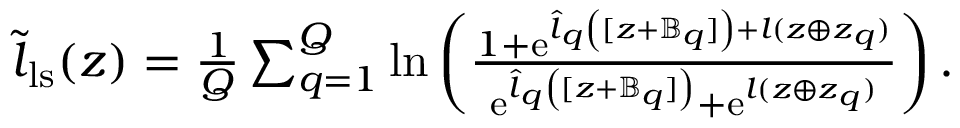
\begin{array} { r } { \tilde { \boldsymbol { l } } _ { \mathrm { l s } } ( \boldsymbol { z } ) = \frac { 1 } { Q } \sum _ { q = 1 } ^ { Q } \ln \left( \frac { 1 + \mathrm { e } ^ { \boldsymbol { \hat { l } } _ { q } \left( [ \boldsymbol { z } + \mathbb { B } _ { q } ] \right) + \boldsymbol { l } ( \boldsymbol { z } \oplus \boldsymbol { z } _ { q } ) } } { \mathrm { e } ^ { \boldsymbol { \hat { l } } _ { q } \left( [ \boldsymbol { z } + \mathbb { B } _ { q } ] \right) } + \mathrm { e } ^ { \boldsymbol { l } ( \boldsymbol { z } \oplus \boldsymbol { z } _ { q } ) } } \right) . } \end{array}